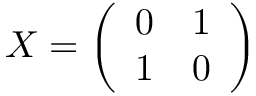
X = \left( \begin{array} { l l } { 0 } & { 1 } \\ { 1 } & { 0 } \end{array} \right)